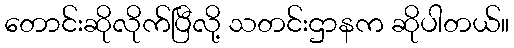
တောင်းဆိုလိုက်ပြီလို့ သတင်းဌာနက ဆိုပါတယ်။